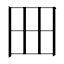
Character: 𡆪